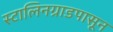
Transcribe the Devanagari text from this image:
स्टालिनग्राडपासून